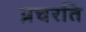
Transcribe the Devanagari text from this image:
प्रचरति